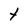
Character: t